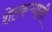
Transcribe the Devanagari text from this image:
शेतकऱ्यानी